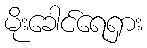
မိုးခေါင်ရေရှား